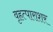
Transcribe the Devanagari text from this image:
वृहत्पाराशर